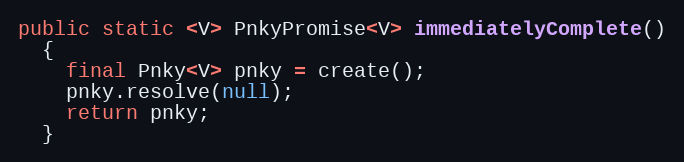
Language: Java
public static <V> PnkyPromise<V> immediatelyComplete()
  {
    final Pnky<V> pnky = create();
    pnky.resolve(null);
    return pnky;
  }